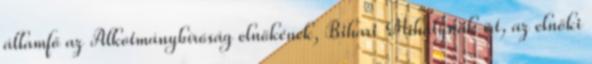
államfő az Alkotmánybíróság elnökének, Bihari Mihálynak írt, az elnöki